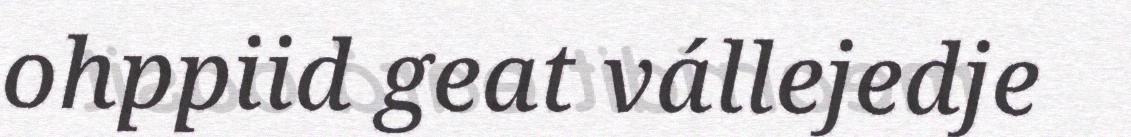
ohppiid geat vállejedje